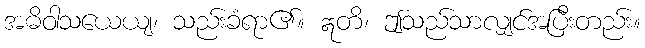
အဓိဝါသယေယျ၊ သည်းခံရာ၏။ ဣတိ၊ ဤသည်သာလျှင်အပြီးတည်း။